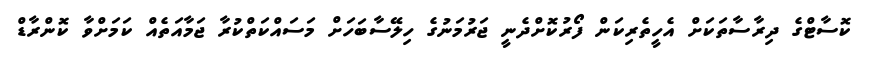
ކޮސާޓްގެ ދިރާސާތަކަށް އެހީތެރިކަން ފޯރުކޮށްދެނީ ޖަރުމަނުގެ ހިލޭސާބަހަށް މަސައްކަތްކުރާ ޖަމާއަތެއް ކަމަށްވާ ކޮންރާޑް